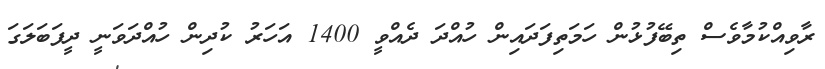
ރާވިއްކުމާވެސް ތިބޭފުޅުން ހަމަތިފަދައިން ހުއްދަ ދެއްވީ 1400 އަހަރު ކުދިން ހުއްދަވަނީ ދީފަބަލަގަ